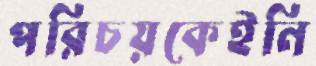
পরিচয়কেইনি